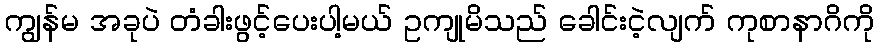
ကျွန်မ အခုပဲ တံခါးဖွင့်ပေးပါ့မယ် ဥကျုမိသည် ခေါင်းငဲ့လျက် ကုစာနာဂိကို